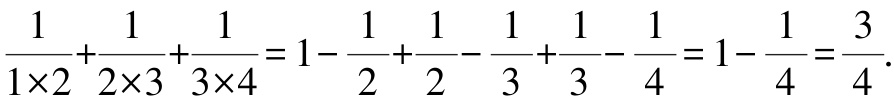
\(\frac{1}{1\times2}+\frac{1}{2\times3}+\frac{1}{3\times4}=1-\frac{1}{2}+\frac{1}{2}-\frac{1}{3}+\frac{1}{3}-\frac{1}{4}=1-\frac{1}{4}=\frac{3}{4}.\)